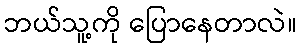
ဘယ်သူ့ကို ပြောနေတာလဲ။